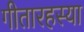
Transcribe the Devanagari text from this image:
गीतारहस्या